Report on horse surra - Volume II, Part I
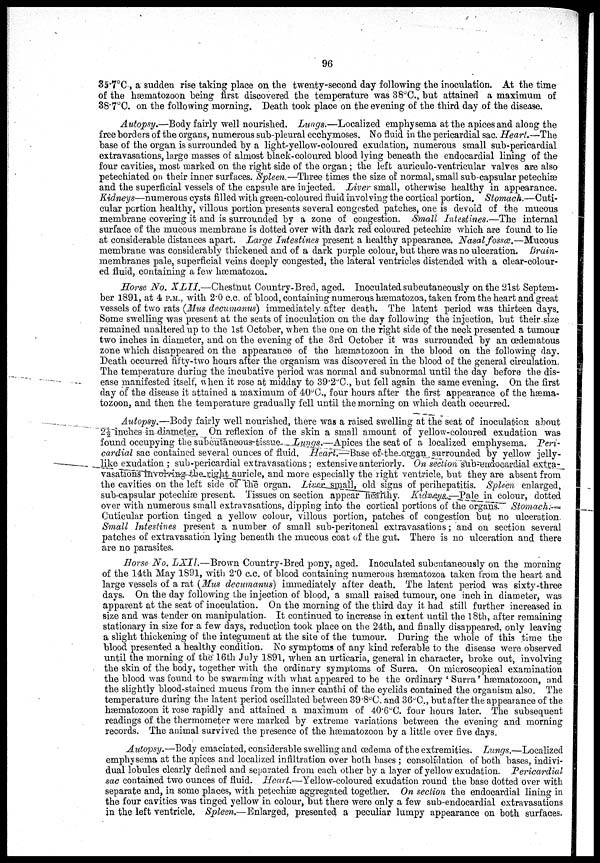
96
35.7°C., a sudden rise taking place on the twenty-second day following the inoculation. At the time
of the hæmatozoon being first discovered the temperature was 38°C., but attained a maximum of
38.7°C. on the following morning. Death took place on the evening of the third day of the disease.
Autopsy.—Body fairly well nourished. Lungs.—Localized emphysema at the apices and along the
free borders of the organs, numerous sub-pleural ecchymoses. No fluid in the pericardial sac. Heart.—The
base of the organ is surrounded by a light-yellow-coloured exudation, numerous small sub-pericardial
extravasations, large masses of almost black-coloured blood lying beneath the endocardial lining of the
four cavities, most marked on the right side of the organ; the left auriculo-ventricular valves are also
petechiated on their inner surfaces. Spleen.—Three times the size of normal, small sub-capsular petechiæ
and the superficial vessels of the capsule are injected. Liver small, otherwise healthy in appearance.
Kidneys—numerous cysts filled with green-coloured fluid involving the cortical portion. Stomach.—Cuti-
cular portion healthy, villous portion presents several congested patches, one is devoid of the mucous
membrane covering it and is surrounded by a zone of congestion. Small Intestines.—The internal
surface of the mucous membrane is dotted over with dark red coloured petechiæ which are found to lie
at considerable distances apart. Large Intestines present a healthy appearance. Nasal fossæ.—Mucous
membrane was considerably thickened and of a dark purple colour, but there was no ulceration. Brain-
membranes pale, superficial veins deeply congested, the lateral ventricles distended with a clear-colour-
ed fluid, containing a few hæmatozoa.
Horse No. XLII.—Chestnut Country-Bred, aged. Inoculated subcutaneously on the 21st Septem-
ber 1891, at 4 P.M., with 2.0 c.c. of blood, containing numerous hæmatozoa, taken from the heart and great
vessels of two rats (Mus decumanus) immediately after death. The latent period was thirteen days.
Some swelling was present at the seats of inoculation on the day following the injection, but their size
remained unaltered up to the 1st October, when the one on the right side of the neck presented a tumour
two inches in diameter, and on the evening of the 3rd October it was surrounded by an œdematous
zone which disappeared on the appearance of the hæmatozoon in the blood on the following day.
Death occurred fifty-two hours after the organism was discovered in the blood of the general circulation.
The temperature during the incubative period was normal and subnormal until the day before the dis-
ease manifested itself, when it rose at midday to 39.2°C., but fell again the same evening. On the first
day of the disease it attained a maximum of 40°C., four hours after the first appearance of the hæma-
tozoon, and then the temperature gradually fell until the morning on which death occurred.
Autopsy.—Body fairly well nourished, there was a raised swelling at the seat of inoculation about
2½ inches in diameter. On reflexion of the skin a small amount of yellow-coloured exudation was
found occupying the subcutaneous-tissue Lungs.—Apices the seat of a localized emphysema. Peri-
cardial sac contained several ounces of fluid. Heart.—Base of the organ, surrounded by yellow jelly-
like exudation ; sub-pericardial extravasations ; extensive anteriorly. On section sub-endocardial extra-
vasations involving the right auricle, and more especially the right ventricle, but they are absent from
the cavities on the left side of the organ. Liver small, old signs of perihepatitis. Spleen enlarged,
sub-capsular petechiæ present. Tissues on section appear healthy. Kidneys.—Pale in colour, dotted
over with numerous small extravasations, dipping into the cortical portions of the organs. Stomach.
Cuticular portion tinged a yellow colour, villous portion, patches of congestion but no ulceration.
Small Intestines present a number of small sub-peritoneal extravasations; and on section several
patches of extravasation lying beneath the mucous coat of the gut. There is no ulceration and there
are no parasites.
Horse No. LXII.—Brown Country-Bred pony, aged. Inoculated subcutaneously on the morning
of the 14th May 1891, with 2.0 c.c. of blood containing numerous hæmatozoa taken from the heart and
large vessels of a rat (Mus decumanus) immediately after death. The latent period was sixty-three
days. On the day following the injection of blood, a small raised tumour, one inch in diameter, was
apparent at the seat of inoculation. On the morning of the third day it had still further increased in
size and was tender on manipulation. It continued to increase in extent until the 18th, after remaining
stationary in size for a few days, reduction took place on the 24th, and finally disappeared, only leaving
a slight thickening of the integument at the site of the tumour. During the whole of this time the
blood presented a healthy condition. No symptoms of any kind referable to the disease were observed
until the morning of the 16th July 1891, when an urticaria, general in character, broke out, involving
the skin of the body, together with the ordinary symptoms of Surra. On microscopical examination
the blood was found to be swarming with what appeared to be the ordinary 'Surra' hæmatozoon, and
the slightly blood-stained mucus from the inner canthi of the eyelids contained the organism also. The
temperature during the latent period oscillated between 39.8°C. and 36°C., but after the appearance of the
hæmatozoon it rose rapidly and attained a maximum of 40.6°C. four hours later. The subsequent
readings of the thermometer were marked by extreme variations between the evening and morning
records. The animal survived the presence of the hæmatozoon by a little over five days.
Autopsy.—Body emaciated, considerable swelling and œdema of the extremities. Lungs.—Localized
emphysema at the apices and localized infiltration over both bases ; consolidation of both bases, indivi-
dual lobules clearly defined and separated from each other by a layer of yellow exudation. Pericardial
sac contained two ounces of fluid. Heart.—Yellow-coloured exudation round the base dotted over with
separate and, in some places, with petechiæ aggregated together. On section the endocardial lining in
the four cavities was tinged yellow in colour, but there were only a few sub-endocardial extravasations
in the left ventricle. Spleen.— Enlarged, presented a peculiar lumpy appearance on both surfaces.